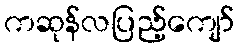
ကဆုန်လပြည့်ကျော်